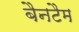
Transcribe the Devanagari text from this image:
बैनटैम